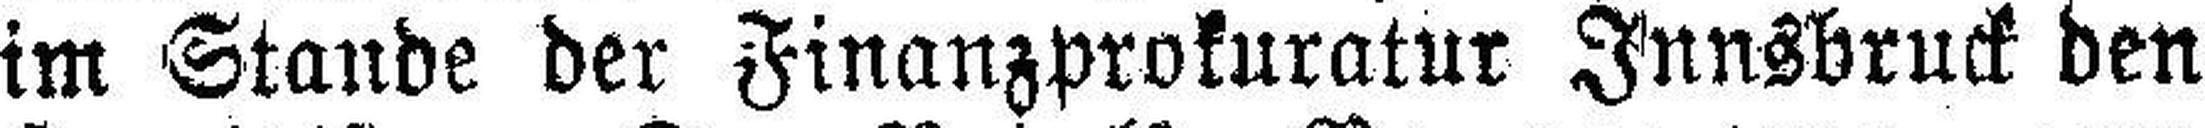
im Stande der Finanzprokuratur Innsbruck den